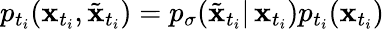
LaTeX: p_{t_{i}}(\mathbf{x}_{t_{i}},\tilde{\mathbf{x}}_{t_{i}})=p_{\sigma}(\tilde{\mathbf{x}}_{t_{i}}|\, \mathbf{x}_{t_{i}})p_{t_{i}}(\mathbf{x}_{t_{i}})